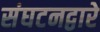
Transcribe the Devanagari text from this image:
संघटनद्वारे